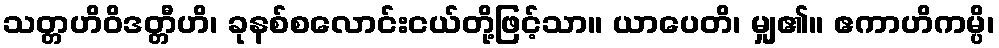
သတ္တဟိဝိဒတ္တီဟိ၊ ခုနစ်စလောင်းငယ်တို့ဖြင့်သာ။ ယာပေတိ၊ မျှ၏။ ဧကာဟိကမ္ပိ၊